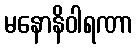
မနောနိဝါရဏာ